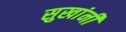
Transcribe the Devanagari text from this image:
सुखांनी